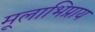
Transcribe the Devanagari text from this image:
मूलाभिप्राय